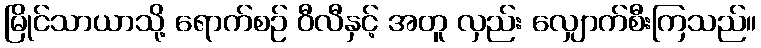
မြိုင်သာယာသို့ ရောက်စဉ် ဝီလီနှင့် အတူ လှည်း လျှောက်စီးကြသည်။